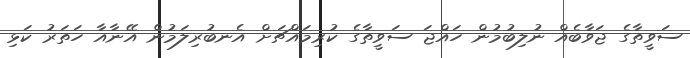
ސަވީތާގެ ޖަވާބެއް ނުލިބުމުން ހައްޖަ ސަވީތާގެ ކުރިމައްޗަށް އެނބުރިލަމުން އޭނާއާ ހަތަރު ކަޅި